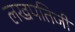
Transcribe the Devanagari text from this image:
लखपतिजी